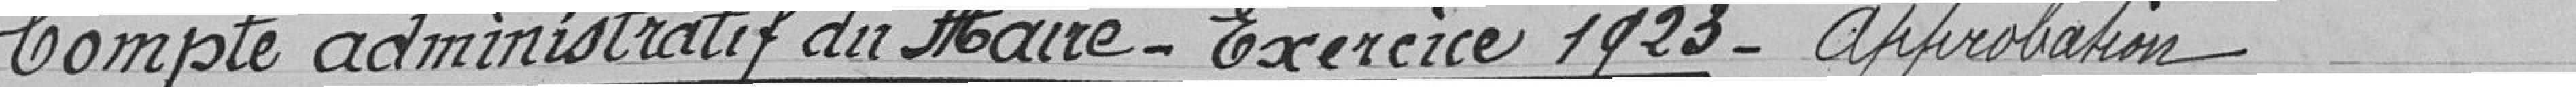
Compte administratif du Maire - Exercice 1923 - Approbation.